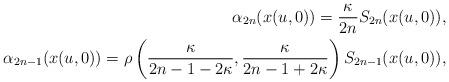
LaTeX: \begin{align*}\alpha_{2n}(x(u,0)) =\frac{\kappa}{2n}S_{2n}(x(u,0)) ,\\\alpha_{2n-1} ( x ( u,0 )) =\rho\left( \frac{\kappa}{2n-1-2\kappa},\frac{\kappa}{2n-1+2\kappa}\right) S_{2n-1}(x(u,0)) ,\end{align*}